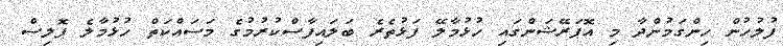
ފުލުހުން ހިންގަމުންދާ މި އޮޕަރޭޝަންގައި ހުޅުމާލޭ ފަޅުތެރެ ބަލައިފާސްކުރުމުގެ މަސައްކަތް ހުޅުމާލެ ޕޮލިސް